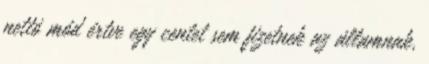
nettó mód értve egy centet sem fizetnek az államnak,